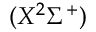
( X ^ { 2 } \Sigma ^ { + } )